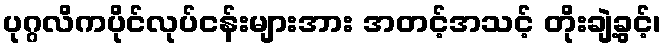
ပုဂ္ဂလိကပိုင်လုပ်ငန်းများအား အတင့်အသင့် တိုးချဲ့ခွင့်၊